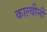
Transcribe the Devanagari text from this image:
काल्वीनी